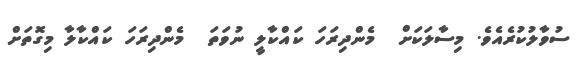
ސުވާލުކުރެއެވެ. މިސާލަކަށް  މެންދިރަހަ ކައްކާލީ ނުވަތަ  މެންދިރަހަ ކައްކާލާ މިގޮތަށް